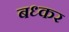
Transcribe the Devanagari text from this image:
बध्कर